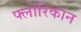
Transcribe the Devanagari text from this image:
फ्लोरिकान